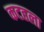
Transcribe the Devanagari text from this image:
कटहला